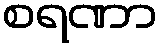
စရဏာ